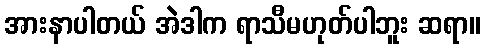
အားနာပါတယ် အဲဒါက ရာသီမဟုတ်ပါဘူး ဆရာ။